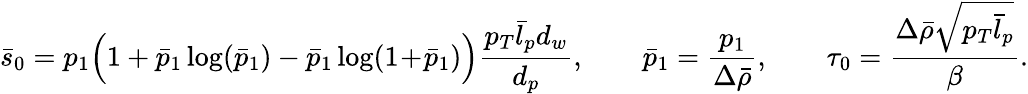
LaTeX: \bar{s}_{0}=p_{1}\Bigl(1+\bar{p}_{1}\log(\bar{p}_{1})-\bar{p}_{1}\log(1\! +\! \bar{p}_{1})\Bigr)\frac{p_{T}\bar{l}_{p}d_{w}}{d_{p}},\qquad\bar{p}_{1}=\frac{p_{1}}{\Delta\bar{\rho}},\qquad\tau_{0}=\frac{\Delta\bar{\rho}\sqrt{p_{T}\bar{l}_{p}}}{\beta}.